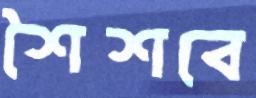
শৈশবে